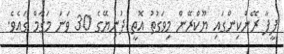
ފީފާ ރޭންކިންގައި ޔޫކްރޭން މިވަގުތު އޮތީ ދުނިޔޭގެ 30 ވަނަ މަގާމް ގައެވެ.